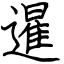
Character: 暹